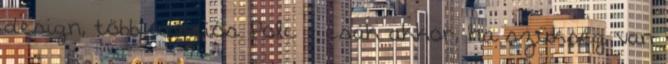
design, többfunkciós Polc - csak akkor, ha szükség van